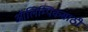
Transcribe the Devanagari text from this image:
ऑलिम्पिकसाठी